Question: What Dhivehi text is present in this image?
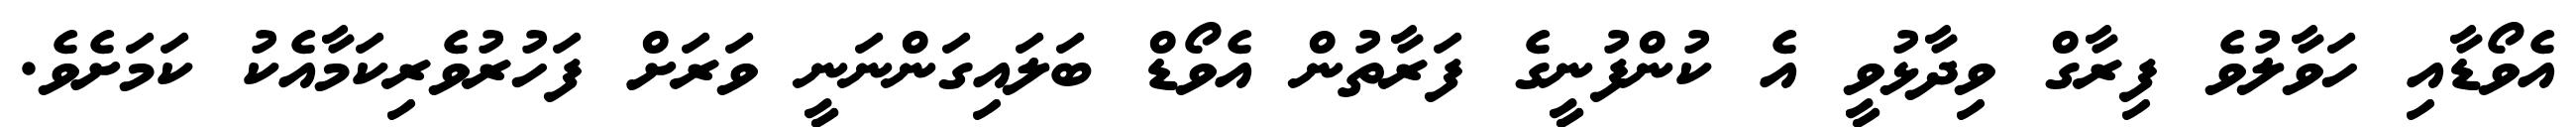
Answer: އެވޯޑާއި ހަވާލުވެ ފިރާގް ވިދާޅުވީ އެ ކުންފުނީގެ ފަރާތުން އެވޯޑް ބަލައިގަންނަނީ ވަރަށް ފަހުރުވެރިކަމާއެކު ކަމަށެވެ.